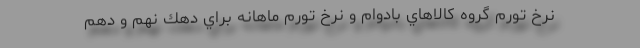
نرخ تورم گروه كالاهاي بادوام و نرخ تورم ماهانه براي دهك نهم و دهم